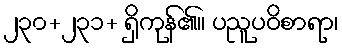
၂၃၀+၂၃၁+ ရှိကုန်၏။ ပညူပဝိစာရာ၊